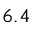
6 . 4